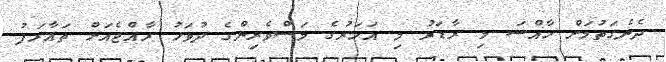
ދެނެގަތުމަށް ހާއްސަ މި ރާޑަރު މި އަހަރުގެ މަސްވެރިންގެ ދުވަހު ރާއްޖެއަށް ތައާރަފު